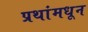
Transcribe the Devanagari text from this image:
प्रथांमधून